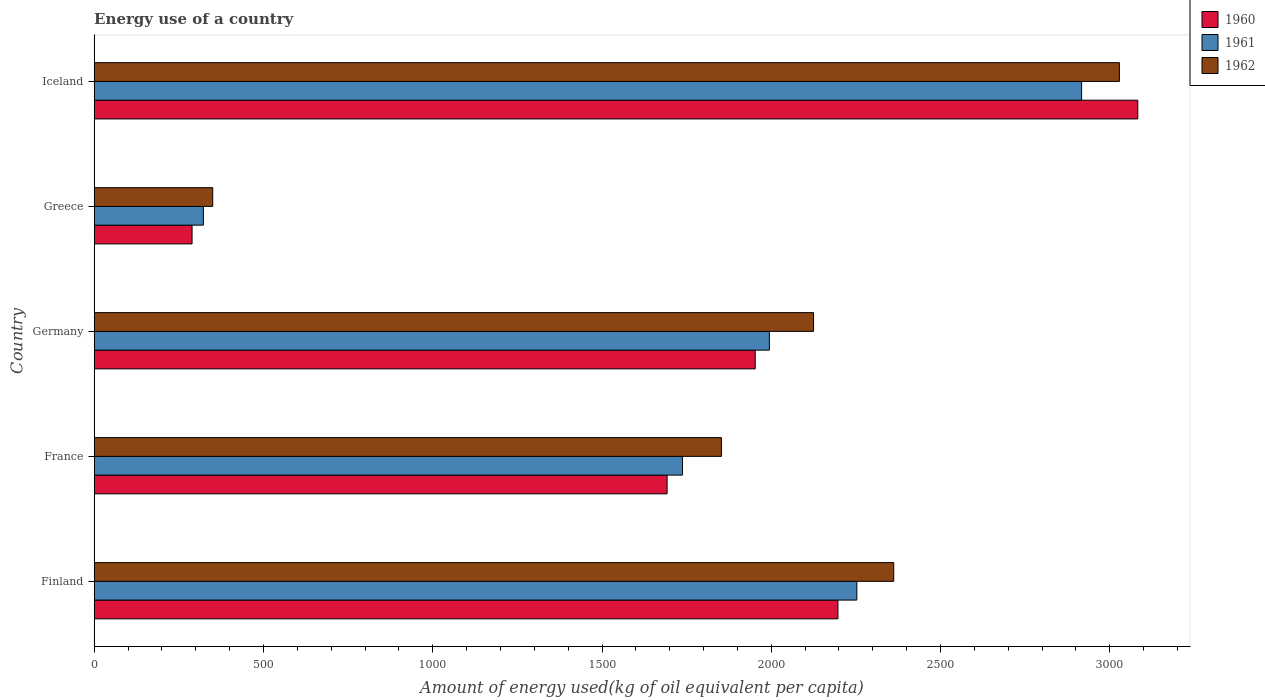
| Country | 1960 | 1961 | 1962 |
 | --- | --- | --- | --- |
 | Finland | 2.2e+03 | 2.25e+03 | 2.36e+03 |
 | France | 1.69e+03 | 1.74e+03 | 1.85e+03 |
 | Germany | 1.95e+03 | 1.99e+03 | 2.12e+03 |
 | Greece | 289 | 322 | 350 |
 | Iceland | 3.08e+03 | 2.92e+03 | 3.03e+03 |